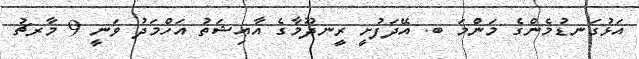
އަޅުގަނޑުމެންގެ މަންމަ ބ. އޭދަފުށީ ރީނދޫމާގެ އާޢިޝަތު އަހްމަދު ވަނީ 9 މާރޗު